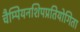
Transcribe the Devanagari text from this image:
चैम्पियनशिपप्रतियोगिता